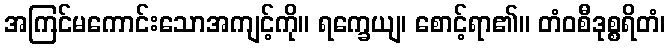
အကြင်မကောင်းသောအကျင့်ကို။ ရက္ခေယျ၊ စောင့်ရာ၏။ တံဝစီဒုစ္စရိတံ၊